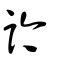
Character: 訡